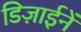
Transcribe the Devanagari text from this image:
डिज़ाईनें